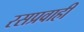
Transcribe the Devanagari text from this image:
रसप्रवाही